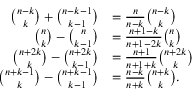
{ \begin{array} { r l } { { \binom { n - k } { k } } + { \binom { n - k - 1 } { k - 1 } } } & { = { \frac { n } { n - k } } { \binom { n - k } { k } } } \\ { { \binom { n } { k } } - { \binom { n } { k - 1 } } } & { = { \frac { n + 1 - k } { n + 1 - 2 k } } { \binom { n } { k } } } \\ { { \binom { n + 2 k } { k } } - { \binom { n + 2 k } { k - 1 } } } & { = { \frac { n + 1 } { n + 1 + k } } { \binom { n + 2 k } { k } } } \\ { { \binom { n + k - 1 } { k } } - { \binom { n + k - 1 } { k - 1 } } } & { = { \frac { n - k } { n + k } } { \binom { n + k } { k } } . } \end{array} }